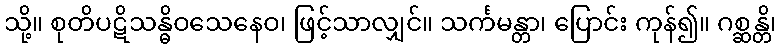
သို့။ စုတိပဋိသန္ဓိဝသေနေဝ၊ ဖြင့်သာလျှင်။ သင်္ကမန္တာ၊ ပြောင်း ကုန်၍။ ဂစ္ဆန္တိ၊